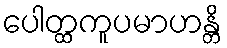
ပေါတ္ထကူပမာဟန္တိ